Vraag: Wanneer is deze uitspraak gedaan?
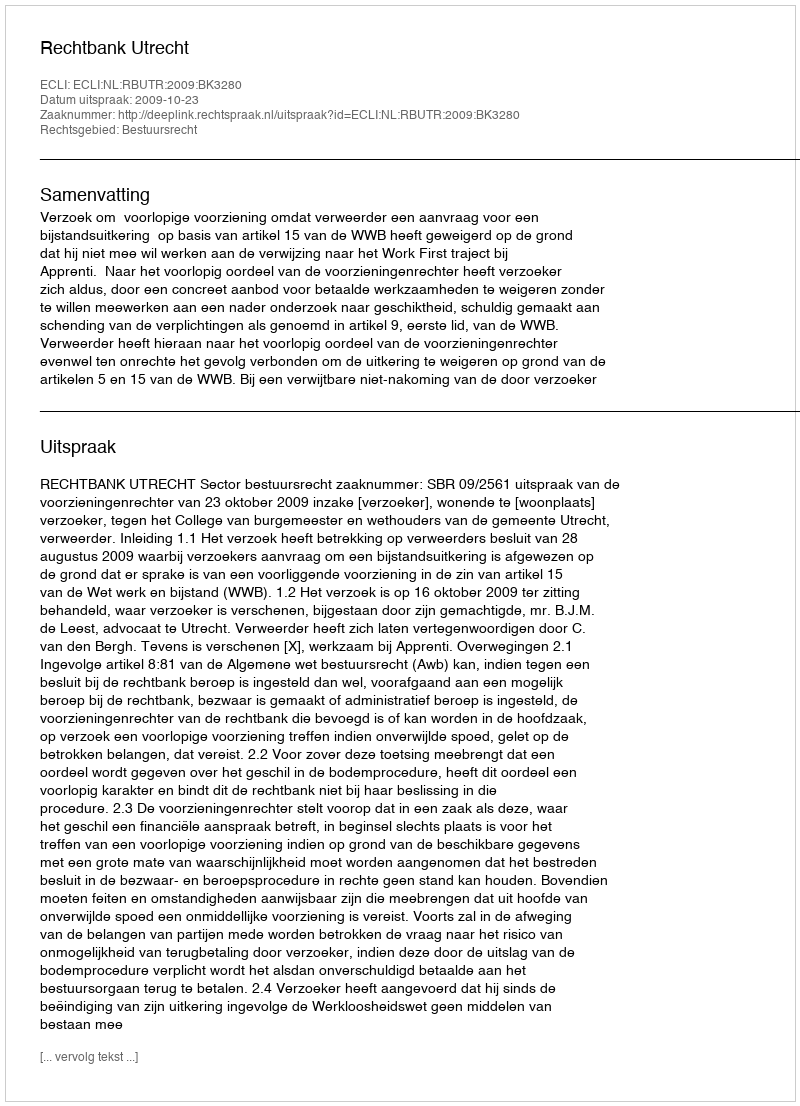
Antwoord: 2009-10-23